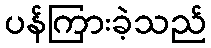
ပန်ကြားခဲ့သည်